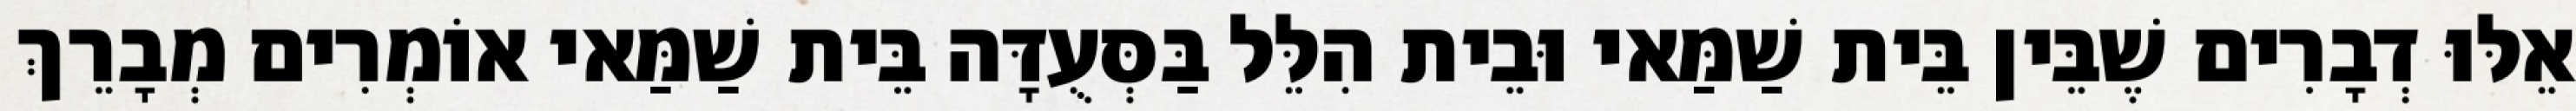
אֵלּוּ דְבָרִים שֶׁבֵּין בֵּית שַׁמַּאי וּבֵית הִלֵּל בַּסְּעֻדָּה בֵּית שַׁמַּאי אוֹמְרִים מְבָרֵךְ